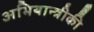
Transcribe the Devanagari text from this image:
अभियान्त्रीकी